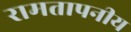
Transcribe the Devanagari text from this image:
रामतापनीय